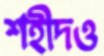
শহীদও